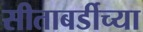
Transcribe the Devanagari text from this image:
सीताबर्डीच्या